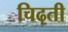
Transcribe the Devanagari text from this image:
चिढ़ती